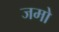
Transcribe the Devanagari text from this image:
जमो